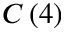
C \left( 4 \right)